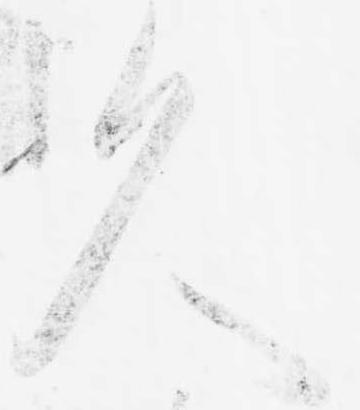
久